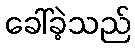
ခေါ်ခဲ့သည်